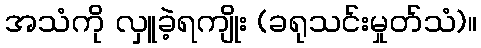
အသံကို လှူခဲ့ရကျိုး (ခရုသင်းမှုတ်သံ)။